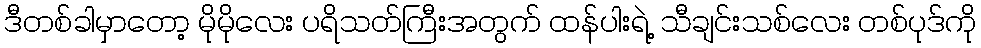
ဒီတစ်ခါမှာတော့ မိုမိုလေး ပရိသတ်ကြီးအတွက် ထန်ပါးရဲ့ သီချင်းသစ်လေး တစ်ပုဒ်ကို